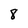
Character: 8